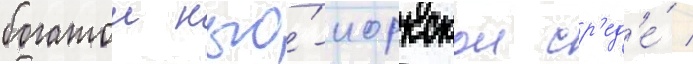
богатои нью́-иоркскои ср'ед'е́ /